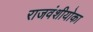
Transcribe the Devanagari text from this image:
राजवंशीयोका